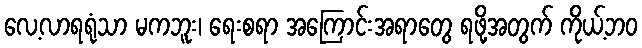
လေ့လာရရုံသာ မကဘူး၊ ရေးစရာ အကြောင်းအရာတွေ ရဖို့အတွက် ကိုယ့်ဘဝ